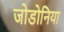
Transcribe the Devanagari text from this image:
जोडोनिया